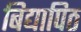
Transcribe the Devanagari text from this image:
बिद्यापिठ